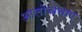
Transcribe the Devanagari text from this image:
आलोचनाए